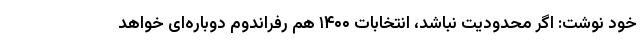
خود نوشت: اگر محدودیت نباشد، انتخابات ۱۴۰۰ هم رفراندوم دوباره‌ای خواهد